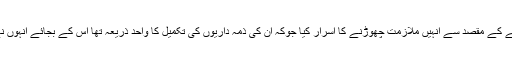
مگر ان کی اہلیہ نے مفت تعلیم فراہم کرنے کے مقصد سے انہیں ملازمت چھوڑنے کا اسرار کیا جوکہ ان کی ذمہ داریوں کی تکمیل کا واحد ذریعہ تھا اس کے بجائے انہوں نے خان اکیڈیمی پر کام کرنا شروع کردیا۔